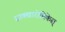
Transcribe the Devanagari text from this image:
साक्खारोमिकेस्